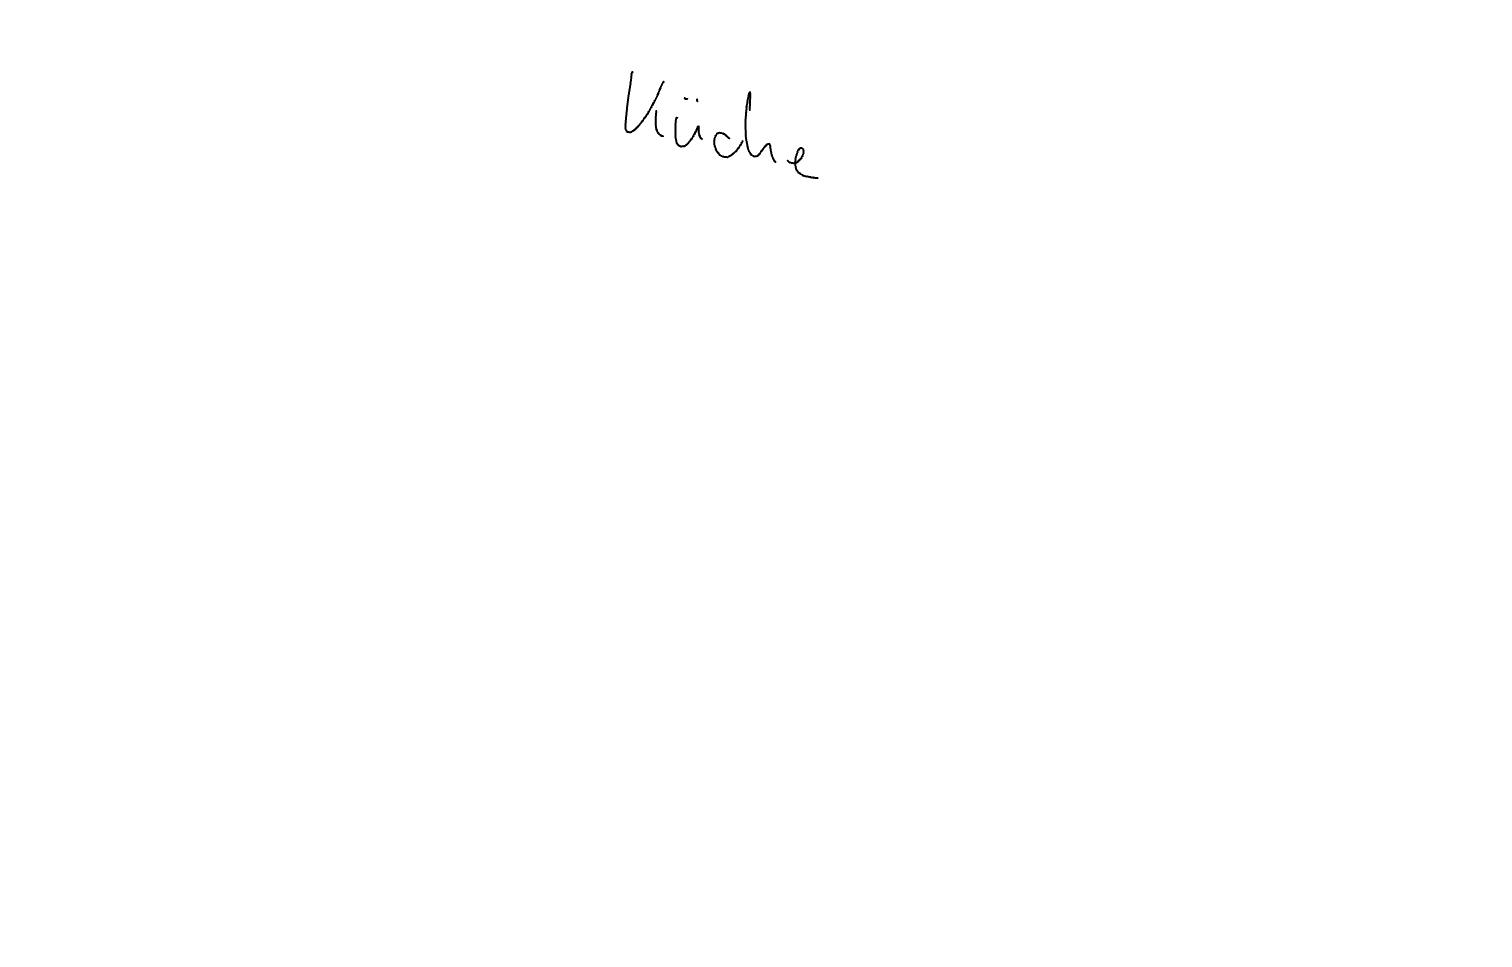
Text: Küche